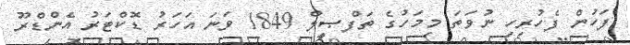
ފަހުން ފެހުރިހި ނުވަތަ މިމަހުގެ ތަފްޞީލް 1849 ވަނަ އަހަރު ޑޮކްޓަރު އެންޑްރޫ